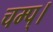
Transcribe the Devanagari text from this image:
चम्प्।